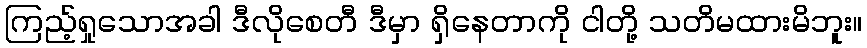
ကြည့်ရှုသောအခါ ဒီလိုစေတီ ဒီမှာ ရှိနေတာကို ငါတို့ သတိမထားမိဘူး။